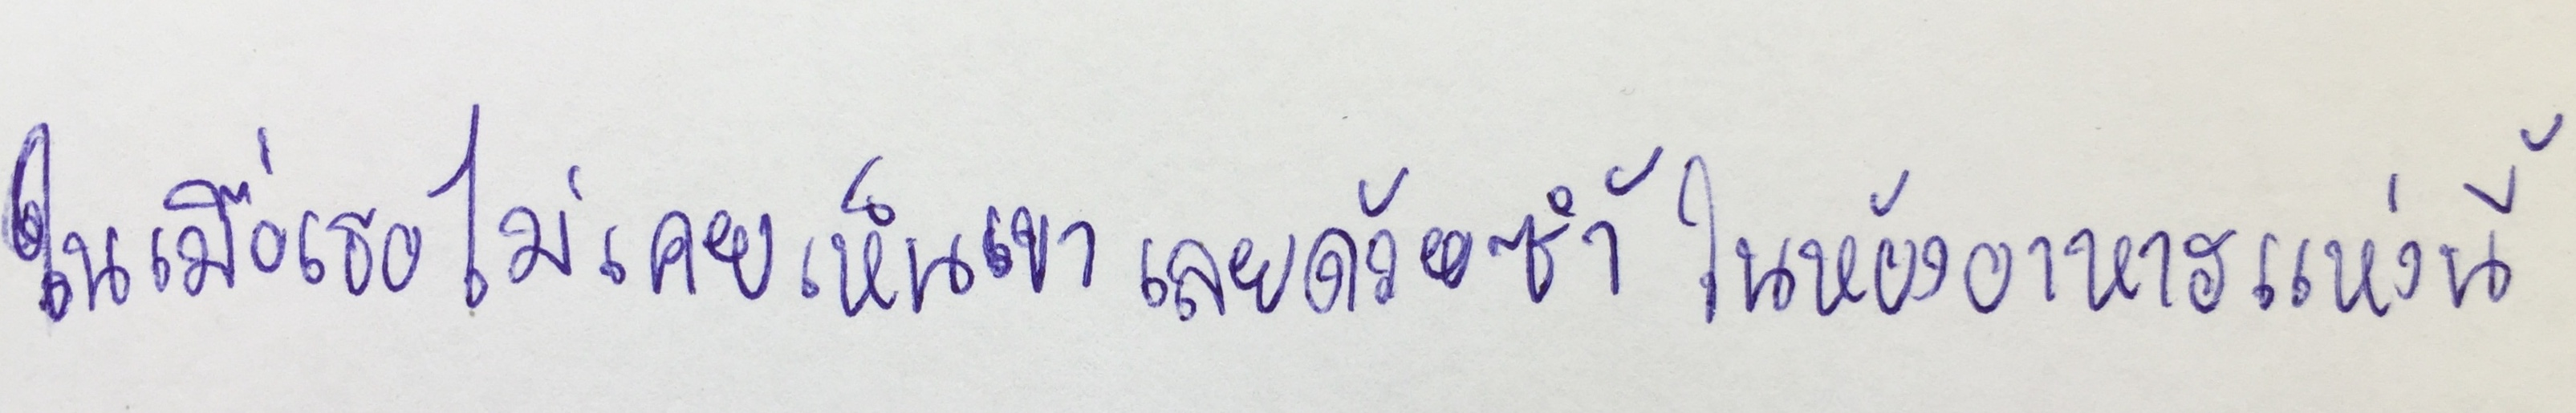
ในเมื่อเธอไม่เคยเห็นเขาเลยด้วยซ้ำในห้องอาหารแห่งนี้